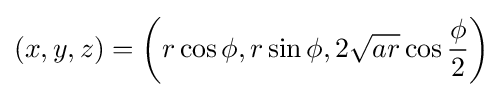
(x,y,z)=\left(r\cos \phi ,r\sin \phi ,2{\sqrt {ar}}\cos {\frac {\phi }{2}}\right)